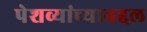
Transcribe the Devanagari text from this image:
पेशव्यांच्याबद्दल